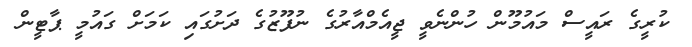
ކުރީގެ ރައީސް މައުމޫން ހުންނެވީ ޖީއެމްއާރުގެ ނުފޫޒުގެ ދަށުގައި ކަމަށް ގައުމީ ޕާޓީން